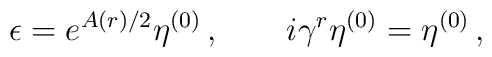
\epsilon = e^{A(r)/2} \eta^{(0)} \,, \quad \quad  i\gamma^r \eta^{(0)}=\eta^{(0)} \,,